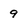
Character: 9